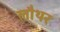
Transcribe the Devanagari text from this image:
लौथर